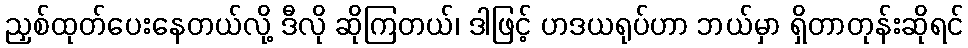
ညှစ်ထုတ်ပေးနေတယ်လို့ ဒီလို ဆိုကြတယ်၊ ဒါဖြင့် ဟဒယရုပ်ဟာ ဘယ်မှာ ရှိတာတုန်းဆိုရင်